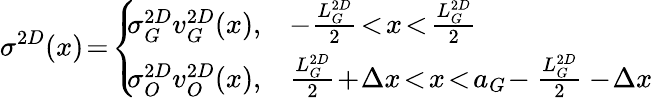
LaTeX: \sigma^{2D}(x)\! =\! \left\{ \! \! \begin{array}{ll}{\sigma_{G}^{2D}v_{G}^{2D}(x),}&{-\frac{L_{G}^{2D}}{2}\! <\! x\! <\! \frac{L_{G}^{2D}}{2}}\\ {\sigma_{O}^{2D}v_{O}^{2D}(x),}&{\frac{L_{G}^{2D}}{2}\! +\! \Delta x\! <\! x\! <\! a_{G}\! -\frac{L_{G}^{2D}}{2}-\! \Delta x}\end{array}\right.